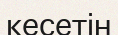
кесетін